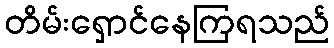
တိမ်းရှောင်နေကြရသည်